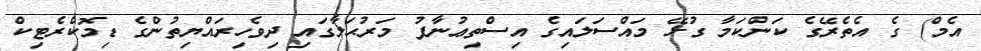
އެމް) ގެ އެތެރޭގެ ކަންކަމާ ގުޅޭ މައްސަލައިގެ އިސްތިޢުނާފު މަރުޙަލާގައި ދިވެހިރައްޔިތުންގެ ޑިމޮކްރެޓިކް